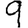
Digit: 9